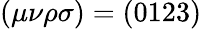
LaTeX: (\mu\nu\rho\sigma)=(0123)